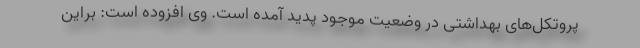
پروتکل‌های بهداشتی در وضعیت موجود پدید آمده است. وی افزوده است: براین